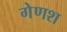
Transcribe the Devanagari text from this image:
गेणश